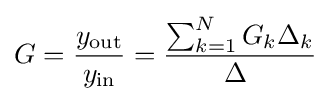
G={\frac {y_{\text{out}}}{y_{\text{in}}}}={\frac {\sum _{k=1}^{N}{G_{k}\Delta _{k}}}{\Delta \ }}